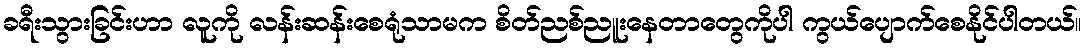
ခရီးသွားခြင်းဟာ လူကို လန်းဆန်းစေရုံသာမက စိတ်ညစ်ညူးနေတာတွေကိုပါ ကွယ်ပျောက်စေနိုင်ပါတယ်။